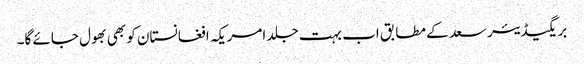
بریگیڈیئر سعد کے مطابق اب بہت جلد امریکہ افغانستان کو بھی بھول جائے گا۔